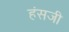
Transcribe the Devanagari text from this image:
हंसजी